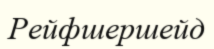
Рейфшершейд